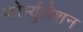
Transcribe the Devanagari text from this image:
फोर्म्युलेशन